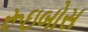
રૂઇબોસ